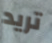
تريد